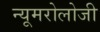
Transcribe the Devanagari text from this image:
न्यूमरोलोजी